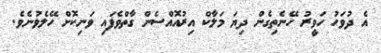
އެ ދުވަހު ހަވީރު ހޭނެތިގެން ދިޔަ މަލާކް އިރުއޮއްސެން ގާތްވެފައި ވަނިކޮށް ހޭލެވުނެވެ.